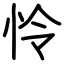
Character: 怜